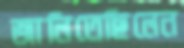
জালিতেছিলেন